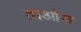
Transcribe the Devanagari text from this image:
ताओरू